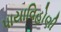
પાયાવિહોણી